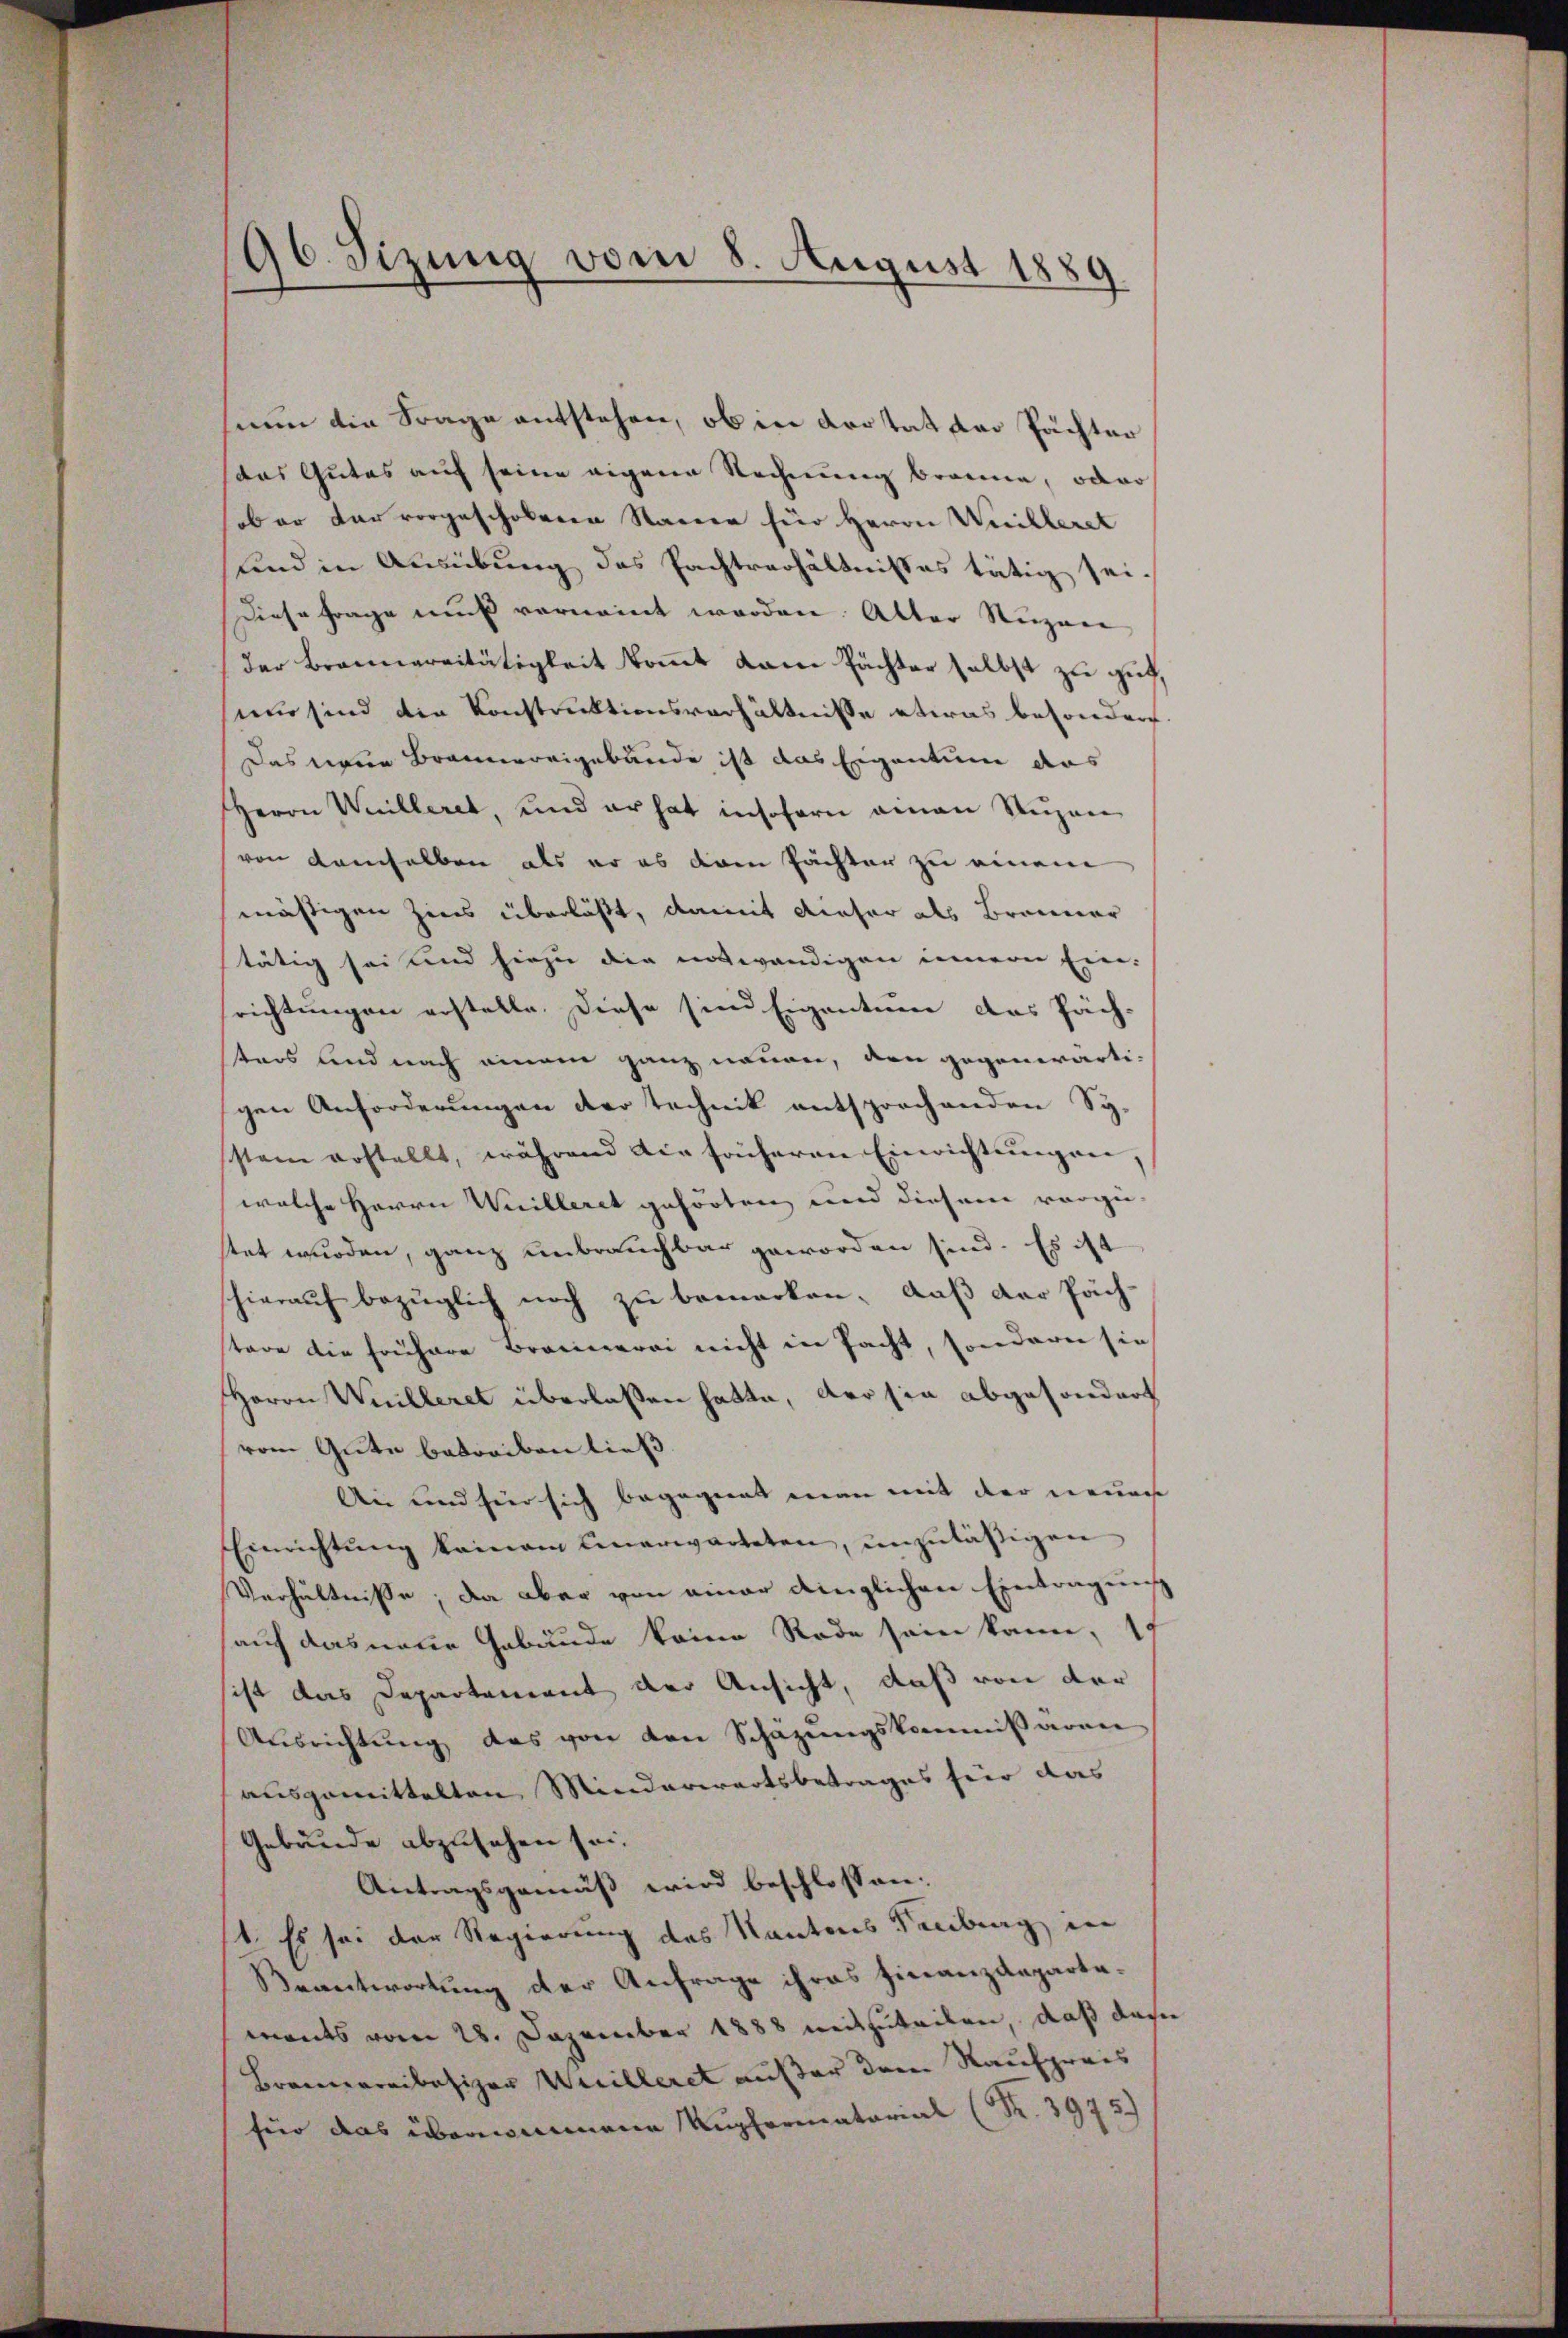
das Gutes auf seine eigene Rechnung branne, oder
ob er der vorgeschobenen Staden für Herrn Willeret
und in Ausübung des Pachtverhältnisses tätig sei¬
Diese Frage muß vernannt worden. Alter Nuzen
der Brannereitätigkeit kommt kam Pächter selbst zu gut,
sen sind die Konstruktionsverhältnisse etwas besondert.
Das neue Brannereigebäude ist das Eigentum das
Herrn Weilleret, und er hat insofern genan Stipen
von demselben als er es dem Pächter zu einem
mäßigen Zins überläßt, damit dieser als Branner
tätig sei und hiezu die notwendigen innern Ein-
richtungen erstelle. Diese sind Eigentum das Päch-
ters und nach einem ganz neuen, den gegenwärti-
gen Anforderungen der Technik entsprochenden Sy-
stem erstellt, während die früheren Einrichtungen,
welche Herrn Weilleret gehörten und diesem vorge-
stet wurden, ganz unbrauchbar geworden sind. Es ist
hierauf bezüglich noch zu bemerken, daß der Pächtare die frühere Brennerei nicht in Pacht, sondern sie
Herrn Willeret überlassen hatte, der sie abgesondert
vom Gute betreiben ließ
An und hier sich begegnet man mit der neuen
Einrichtŭng keinem einerwarteten, unzuläßigen
Verhältnisse, da aber von einer dinglichen Einträgnis
auf das neue Gebäude keine Rade sein kann,
sist das Departement der Ansicht, daß von der
Aŭsrichtŭng des von den Schäzŭngskommissären
ausgemittelten Minderwartsbetrages für das
Gebäude abzusehen sei.
Antragsgemäß wird beschlossen:
1. Es sei der Regierung des Kantons Treiburg in
Beantwortung der Anfrage ihres Finanzdepartaments vom 28. Dezember 1888 mitzuteilen, daß das
Bramerreibesizer Weilleret außer dem Kaufpreis
für das übernommene Kupfermatarial (K. 3975)

96. Sizung vom 8. August 1889.

nun die Frage entstehen, ob in Kertat der Pächter